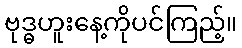
ဗုဒ္ဓဟူးနေ့ကိုပင်ကြည့်။